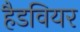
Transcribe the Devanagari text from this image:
हैडवियर